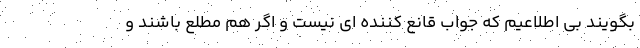
بگویند بی اطلاعیم که جواب قانع کننده ای نیست و اگر هم مطلع باشند و